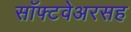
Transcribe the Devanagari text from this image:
सॉफ्टवेअरसह